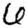
Digit: 6